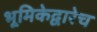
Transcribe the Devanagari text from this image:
भूमिकेद्वारेच